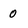
Character: 0